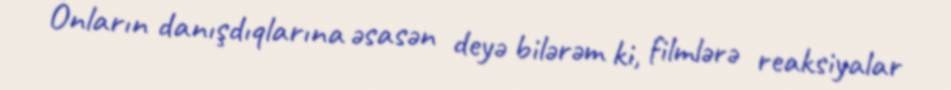
Onların danışdıqlarına əsasən deyə bilərəm ki, filmlərə reaksiyalar